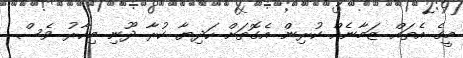
މީގެ އެތައް ޒަމާނެއް ކުރިން އެގޮތަށް ހަދިޔާ ކުރާ ދޫނި މިހާރު ވެސް